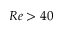
R e > 4 0